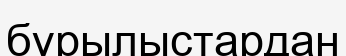
бұрылыстардан